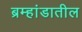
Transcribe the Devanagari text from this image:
ब्रम्हांडातील